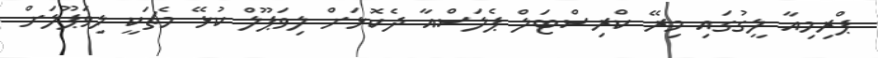
ޕްރިމިއާ ލީގުގައި މިރޭ ކްރިސްޓަލް ޕެލަސްއާ ދެކޮޅަށް ލިވަޕޫލް ކުޅޭ މެޗަކީ ލިވަޕޫލަށް